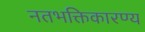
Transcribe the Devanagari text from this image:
नतभक्तिकारण्य